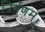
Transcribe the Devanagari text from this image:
निर्गुणम्